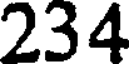
234